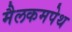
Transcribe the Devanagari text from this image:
मैलकमपेथ